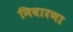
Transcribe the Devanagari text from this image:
निवारणा